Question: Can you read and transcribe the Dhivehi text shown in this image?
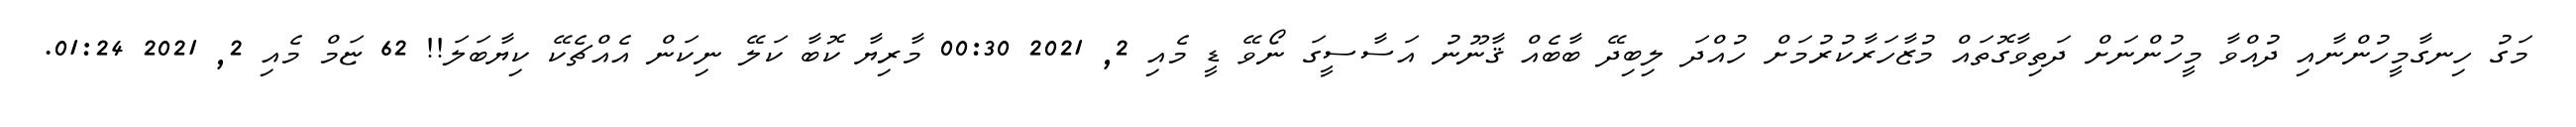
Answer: މަގު ހިނގާމީހުންނާއި ދުއްވާ މީހުންނަށް ދަތިވާގޮތައް މުޒާހަރާކުރުމަށް ހުއްދަ ލިބިދޭ ބާބެއް ޤާނޫނު އަސާސީގަ ނޯވޭ ޑީ މެއި 2, 2021 00:30 މާރިޔާ ކޮބާ ކަލޭ ނިކަން އެއްޗެކޭ ކިޔާބަލަ!! 62 ޏަމް މެއި 2, 2021 01:24.